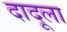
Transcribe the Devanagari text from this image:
दादूला